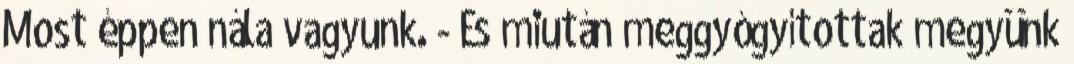
Most éppen nála vagyunk. - És miután meggyógyítottak megyünk